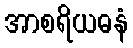
အာစရိယဓနံ